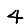
Digit: 4